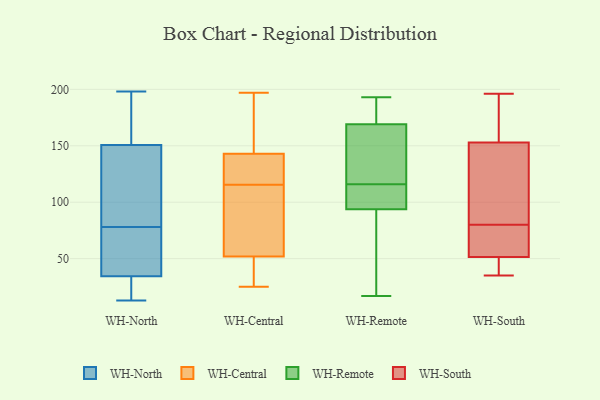
{"axis": {"x": "LTV (USD)", "y": "Value"}, "legend": ["WH-Central", "WH-North", "WH-Remote", "WH-South"], "data": [{"x": "", "y": 178, "type": "WH-North"}, {"x": "", "y": 69, "type": "WH-North"}, {"x": "", "y": 13, "type": "WH-North"}, {"x": "", "y": 42, "type": "WH-North"}, {"x": "", "y": 155, "type": "WH-North"}, {"x": "", "y": 91, "type": "WH-North"}, {"x": "", "y": 18, "type": "WH-North"}, {"x": "", "y": 198, "type": "WH-North"}, {"x": "", "y": 157, "type": "WH-North"}, {"x": "", "y": 138, "type": "WH-North"}, {"x": "", "y": 129, "type": "WH-North"}, {"x": "", "y": 50, "type": "WH-North"}, {"x": "", "y": 78, "type": "WH-North"}, {"x": "", "y": 32, "type": "WH-North"}, {"x": "", "y": 23, "type": "WH-North"}, {"x": "", "y": 170, "type": "WH-Central"}, {"x": "", "y": 130, "type": "WH-Central"}, {"x": "", "y": 130, "type": "WH-Central"}, {"x": "", "y": 39, "type": "WH-Central"}, {"x": "", "y": 150, "type": "WH-Central"}, {"x": "", "y": 111, "type": "WH-Central"}, {"x": "", "y": 88, "type": "WH-Central"}, {"x": "", "y": 25, "type": "WH-Central"}, {"x": "", "y": 197, "type": "WH-Central"}, {"x": "", "y": 71, "type": "WH-Central"}, {"x": "", "y": 143, "type": "WH-Central"}, {"x": "", "y": 120, "type": "WH-Central"}, {"x": "", "y": 52, "type": "WH-Central"}, {"x": "", "y": 25, "type": "WH-Central"}, {"x": "", "y": 26, "type": "WH-Remote"}, {"x": "", "y": 101, "type": "WH-Remote"}, {"x": "", "y": 118, "type": "WH-Remote"}, {"x": "", "y": 130, "type": "WH-Remote"}, {"x": "", "y": 187, "type": "WH-Remote"}, {"x": "", "y": 99, "type": "WH-Remote"}, {"x": "", "y": 92, "type": "WH-Remote"}, {"x": "", "y": 77, "type": "WH-Remote"}, {"x": "", "y": 114, "type": "WH-Remote"}, {"x": "", "y": 181, "type": "WH-Remote"}, {"x": "", "y": 154, "type": "WH-Remote"}, {"x": "", "y": 116, "type": "WH-Remote"}, {"x": "", "y": 187, "type": "WH-Remote"}, {"x": "", "y": 114, "type": "WH-Remote"}, {"x": "", "y": 151, "type": "WH-Remote"}, {"x": "", "y": 193, "type": "WH-Remote"}, {"x": "", "y": 174, "type": "WH-Remote"}, {"x": "", "y": 17, "type": "WH-Remote"}, {"x": "", "y": 43, "type": "WH-Remote"}, {"x": "", "y": 80, "type": "WH-South"}, {"x": "", "y": 103, "type": "WH-South"}, {"x": "", "y": 45, "type": "WH-South"}, {"x": "", "y": 56, "type": "WH-South"}, {"x": "", "y": 196, "type": "WH-South"}, {"x": "", "y": 195, "type": "WH-South"}, {"x": "", "y": 95, "type": "WH-South"}, {"x": "", "y": 51, "type": "WH-South"}, {"x": "", "y": 37, "type": "WH-South"}, {"x": "", "y": 158, "type": "WH-South"}, {"x": "", "y": 148, "type": "WH-South"}, {"x": "", "y": 37, "type": "WH-South"}, {"x": "", "y": 108, "type": "WH-South"}, {"x": "", "y": 168, "type": "WH-South"}, {"x": "", "y": 66, "type": "WH-South"}, {"x": "", "y": 52, "type": "WH-South"}, {"x": "", "y": 68, "type": "WH-South"}, {"x": "", "y": 80, "type": "WH-South"}, {"x": "", "y": 169, "type": "WH-South"}, {"x": "", "y": 35, "type": "WH-South"}]}